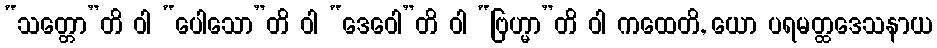
“သတ္တော”တိ ဝါ “ပေါသော”တိ ဝါ “ဒေဝေါ”တိ ဝါ “ဗြဟ္မာ”တိ ဝါ ကထေတိ, ယော ပရမတ္ထဒေသနာယ